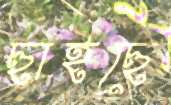
ছাইছে